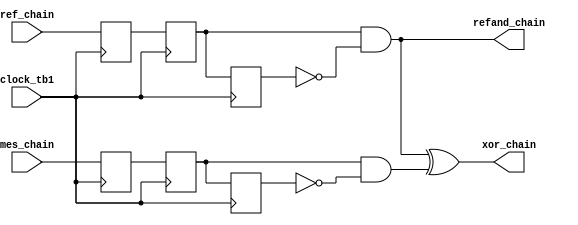
module trigger_block_1 (
								clock_tb1,
								ref_chain,
								mes_chain,
								xor_chain,
								refand_chain
								);

input clock_tb1, ref_chain, mes_chain;
output xor_chain, refand_chain;

reg dqtb1ref, dqtb2ref, dqtb3ref;
reg dqtb1mes, dqtb2mes, dqtb3mes;

wire npand_ref, npand_mes;

assign npand_ref = (dqtb2ref) & (~dqtb3ref);
assign npand_mes = (dqtb2mes) & (~dqtb3mes);

assign xor_chain = npand_ref^npand_mes;
assign refand_chain = npand_ref;

always @(posedge clock_tb1)
begin

		dqtb1ref <= ref_chain;
		dqtb2ref <= dqtb1ref;
		dqtb3ref <= dqtb2ref;
		
		dqtb1mes <= mes_chain;
		dqtb2mes <= dqtb1mes;
		dqtb3mes <= dqtb2mes;
		
end

endmodule



////////////////////////*****************************************\\\\\\\\\\\\\\\\\\\\\\\\\\\\\\\\\\\\\\\\\\\\\\\\\\\\\\\\\\\\\\



module trigger_block_2  (
								clock_tb2,
								xor_chain2,
								refand_chain2,
								enable_chain,
								updown_chain	
								);
								
input clock_tb2, xor_chain2, refand_chain2;
output enable_chain, updown_chain;
								
reg dqtb1xor, dqtb2xor;
reg dqtb1npand, dqtb2npand;

assign enable_chain = dqtb2xor;
assign updown_chain = dqtb2npand;

always @(posedge clock_tb2)
begin
	
	dqtb1xor <= xor_chain2;
	dqtb2xor <= dqtb1xor;
	
	dqtb1npand <= refand_chain2;
	dqtb2npand <= dqtb1npand;
	
end

endmodule



////////////////////////*****************************************\\\\\\\\\\\\\\\\\\\\\\\\\\\\\\\\\\\\\\\\\\\\\\\\\\\\\\\\\\\\\\



module pulse_counter (
							clk,
							reset,
							enable,
							updown_port,
							data_out
							);

input clk, reset, updown_port, enable;

output reg signed [31:0] data_out;

reg signed [31:0] tmp;


always @ (posedge clk)
begin
	if(reset) 
		begin
			tmp <= 0;
			data_out <= 0;
		end
	else
		begin
			if(enable)
			begin
				if (updown_port) tmp <= tmp + 1;
				else tmp <= tmp - 1;
			end
			data_out <= tmp;
		end
end

//assign data_out = tmp;

endmodule



////////////////////////*****************************************\\\\\\\\\\\\\\\\\\\\\\\\\\\\\\\\\\\\\\\\\\\\\\\\\\\\\\\\\\\\\\



module LASINT_SIG_PROCESSING (
										input clock, LI_REF, LI_MES, reset_c,
										output [31:0] DATA32_POS
										);
										
wire xor_wire, npand_wire, ena_wire, updown_wire;
										
trigger_block_1 L_SIG_inst1 (

.clock_tb1		(clock),
.ref_chain		(LI_REF),
.mes_chain		(LI_MES),
.xor_chain		(xor_wire),
.refand_chain	(npand_wire)

);

trigger_block_2 L_SIG_inst2 (

.clock_tb2			(clock),
.xor_chain2			(xor_wire),
.refand_chain2		(npand_wire),
.enable_chain		(ena_wire),
.updown_chain		(updown_wire)
	
);

pulse_counter L_SIG_inst3 (

.clk				(clock),
.reset			(reset_c),
.enable			(ena_wire),
.updown_port	(updown_wire),
.data_out		(DATA32_POS)

);
endmodule